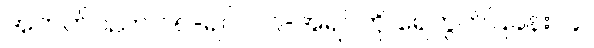
အတတ်ပညာ ၁၈-ရပ်၊ ၁၉-အရပ်ကို ရေတွက်ပြခန်း။ ၄။